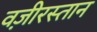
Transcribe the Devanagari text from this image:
वज़ीरस्तान